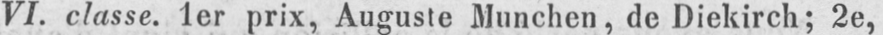
VI. classe. 1er prix, Auguste Munchen, de Diekirch; 2e,